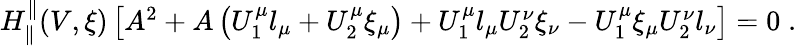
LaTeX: \begin{array}{r}{H_{\parallel}^{\parallel}(V,\xi)\left[A^{2}+A\left(U_{1}^{\mu}l_{\mu}+U_{2}^{\mu}\xi_{\mu}\right)+U_{1}^{\mu}l_{\mu}U_{2}^{\nu}\xi_{\nu}-U_{1}^{\mu}\xi_{\mu}U_{2}^{\nu}l_{\nu}\right]=0\; .}\end{array}